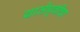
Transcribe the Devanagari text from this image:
याञेपूर्वीचा